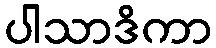
ပါသာဒိကာ